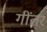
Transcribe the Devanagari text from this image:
गींतर